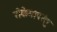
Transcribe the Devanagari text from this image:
रोकेगापरंतु